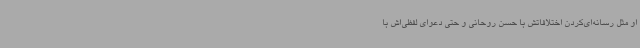
او مثل رسانه‌ای‌کردن اختلافاتش با حسن روحانی و حتی دعوای لفظی‌اش با